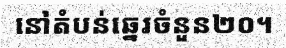
នៅតំបន់ឆ្នេរចំនួន២០។